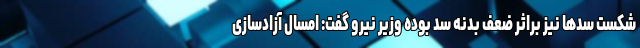
شکست سدها نیز براثر ضعف بدنه سد بوده وزیر نیرو گفت: امسال آزادسازی